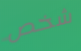
شخص